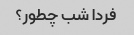
فردا شب چطور؟